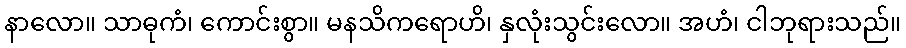
နာလော။ သာဓုကံ၊ ကောင်းစွာ။ မနသိကရောဟိ၊ နှလုံးသွင်းလော။ အဟံ၊ ငါဘုရားသည်။